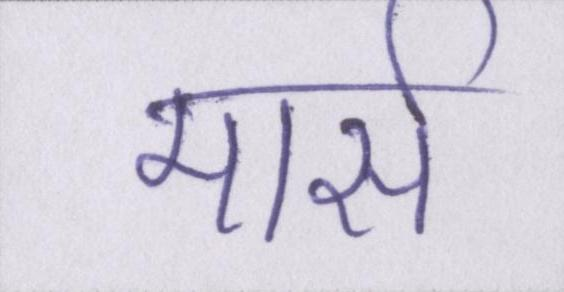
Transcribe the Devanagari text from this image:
मार्स